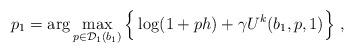
LaTeX: \begin{align*}p_1 = \arg \max_{p\in{\cal D}_1(b_1)}\Big\{ \log(1+ph) + \gamma U^{k}(b_1,p,1)\Big\}\ ,\end{align*}